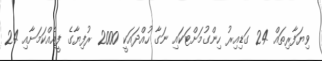
ވިޔަފާރިތައް 24 ގަޑިއިރު ހިންގުމަށްޓަކައި ނަގާ ހުއްދައަކީ 2000 ރުފިޔާގެ ފީއެއްކަމަށާއި 24